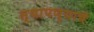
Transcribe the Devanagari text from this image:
स्थापण्याचें